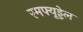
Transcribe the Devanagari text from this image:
रमफ्यूड्डेल